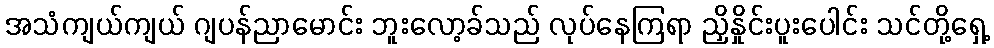
အသံကျယ်ကျယ် ဂျပန်ညာမောင်း ဘူးလော့ခ်သည် လုပ်နေကြရာ ညှိနှိုင်းပူးပေါင်း သင်တို့ရှေ့